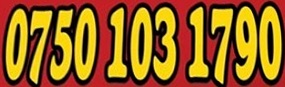
0750 103 1790